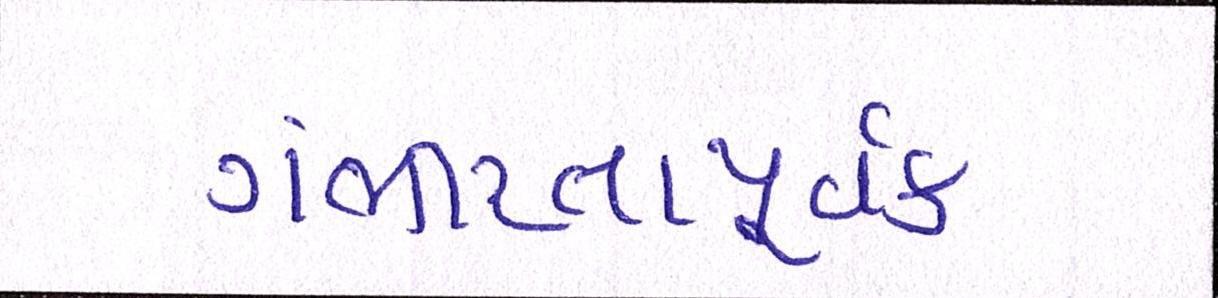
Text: ગંભીરતાપૂર્વક